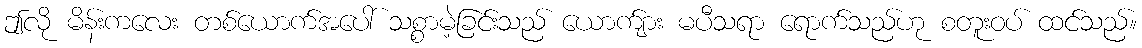
ဤလို မိန်းကလေး တစ်ယောက်အပေါ် သစ္စာမဲ့ခြင်းသည် ယောက်ျား မပီသရာ ရောက်သည်ဟု စတူးဝပ် ထင်သည်။